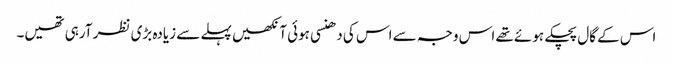
اس کے گال پچکے ہوئے تھے اس وجہ سے اس کی دھنسی ہوئی آنکھیں پہلے سے زیادہ بڑی نظر آرہی تھیں۔